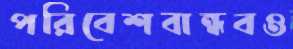
পরিবেশবান্ধবও